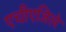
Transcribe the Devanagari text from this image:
एचीएजिले